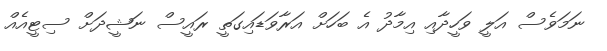
ނަމަވެސް އަލީ ވަހީދާއި އިމާދު އެ ބަހަށް އަރާވަޑައިގަތީ ރައީސް ނަޝީދަށް ސިޓީއެއް